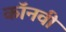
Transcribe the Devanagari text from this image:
कॉनवी